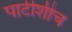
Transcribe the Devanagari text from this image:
पार्टीशीच